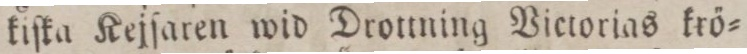
kiſka Kejſaren wid Drottning Victorias krö=